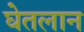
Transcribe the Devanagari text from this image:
घेतलान